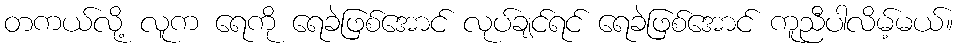
တကယ်လို့ လူက ရေကို ရေခဲဖြစ်အောင် လုပ်ချင်ရင် ရေခဲဖြစ်အောင် ကူညီပါလိမ့်မယ်။